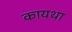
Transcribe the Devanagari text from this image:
कायथा